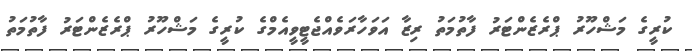
ކުރީގެ މަޝްހޫރު ޕްރެޒެންޓަރު ފާތުމަތު ރިޒާ އަވަހާރަވެއްޖެޓީވީއެމްގެ ކުރީގެ މަޝްހޫރު ޕްރެޒެންޓަރު ފާތުމަތު